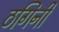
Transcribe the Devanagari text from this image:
ठगिनी